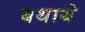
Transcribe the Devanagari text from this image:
बथाथे